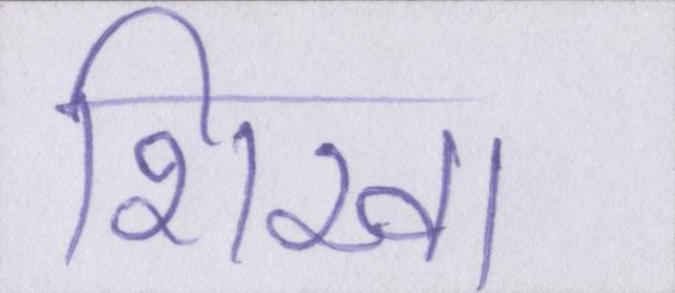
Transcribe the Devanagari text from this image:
शिखा